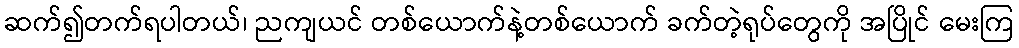
ဆက်၍တက်ရပါတယ်၊ ညကျယင် တစ်ယောက်နဲ့တစ်ယောက် ခက်တဲ့ရုပ်တွေကို အပြိုင် မေးကြ